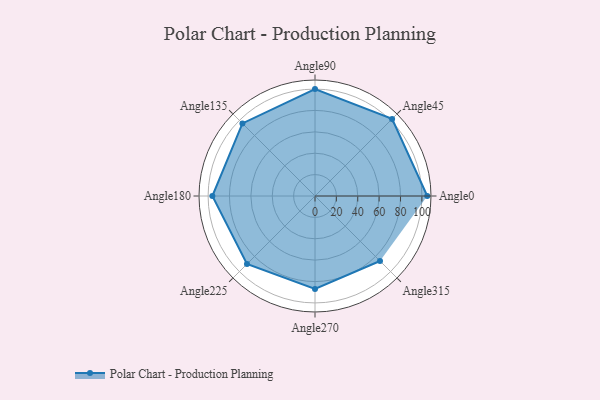
{"axis": {"x": "Angle", "y": "Radius"}, "legend": [""], "data": [{"x": "Angle0", "y": 105.0, "type": ""}, {"x": "Angle45", "y": 102.0, "type": ""}, {"x": "Angle90", "y": 100.0, "type": ""}, {"x": "Angle135", "y": 96.0, "type": ""}, {"x": "Angle180", "y": 96.0, "type": ""}, {"x": "Angle225", "y": 90.0, "type": ""}, {"x": "Angle270", "y": 87.0, "type": ""}, {"x": "Angle315", "y": 86.0, "type": ""}]}